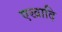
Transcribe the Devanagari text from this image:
एखादि